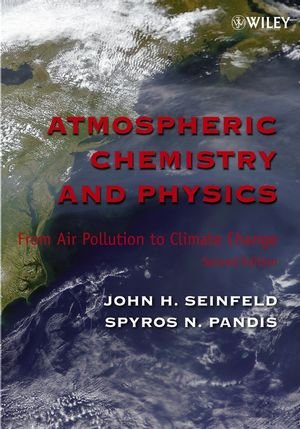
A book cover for Atmospheric Chemistry and Physics: From Air Pollution to Climate Change; John H. Seinfeld; Science & Math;